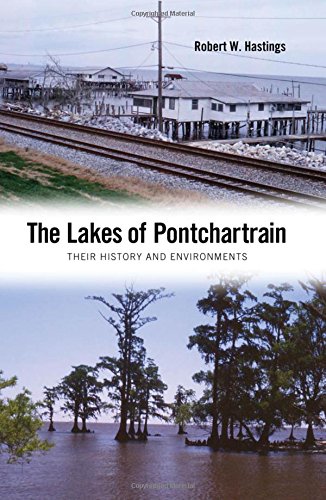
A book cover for The Lakes of Pontchartrain: Their History and Environments; Robert W. Hastings; Science & Math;